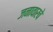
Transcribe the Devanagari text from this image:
जनावारचे